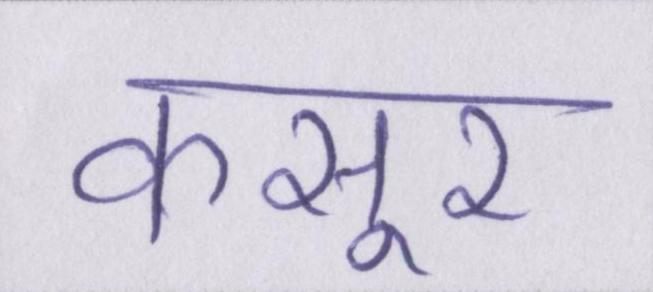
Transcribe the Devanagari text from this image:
कसूर